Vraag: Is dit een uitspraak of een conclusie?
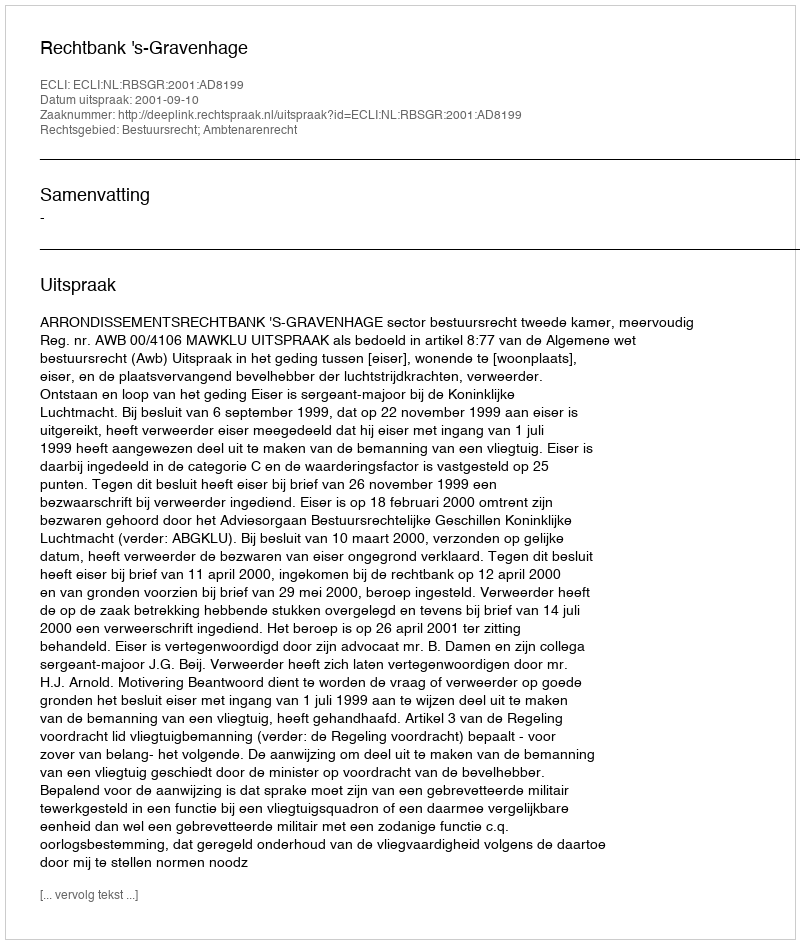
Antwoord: Uitspraak